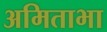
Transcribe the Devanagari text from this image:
अमिताभा